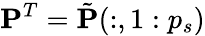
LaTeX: \mathbf{P}^{T}=\tilde{\mathbf{P}}(:,1:p_{s})